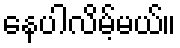
နေပါလိမ့်မယ်။